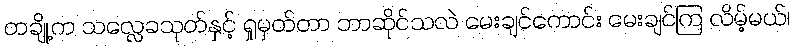
တချို့က သလ္လေခသုတ်နှင့် ရှုမှတ်တာ ဘာဆိုင်သလဲ မေးချင်ကောင်း မေးချင်ကြ လိမ့်မယ်၊